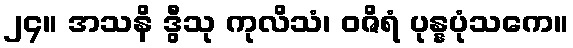
၂၄။ အသနိ ဒွီသု ကုလိသံ၊ ဝဇိရံ ပုန္နပုံသကေ။